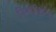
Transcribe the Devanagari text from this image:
निनइकिरेन